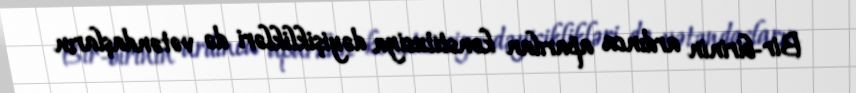
Bir-birinin ardınca aparılan konstitusiya dəyişiklikləri də vətəndaşların